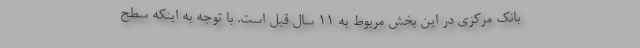
بانک مرکزی در این بخش مربوط به ۱۱ سال قبل است. با توجه به اینکه سطح